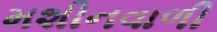
મશીનવાળી